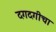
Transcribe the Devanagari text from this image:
दगदगीचा